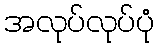
အလုပ်လုပ်ပုံ